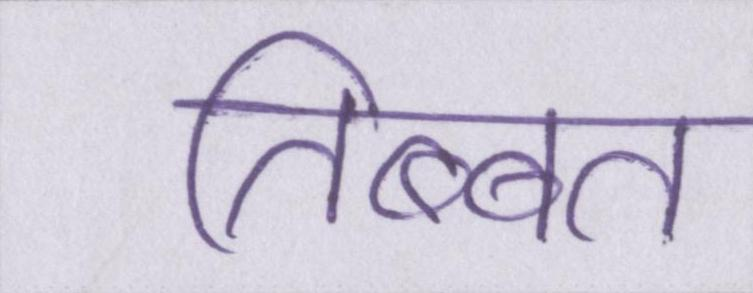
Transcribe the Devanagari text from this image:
तिब्बत